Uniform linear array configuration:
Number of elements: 4
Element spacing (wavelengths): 0.75
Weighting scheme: cosine
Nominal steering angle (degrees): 15
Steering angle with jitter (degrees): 13.132
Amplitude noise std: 0.05
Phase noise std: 0.05

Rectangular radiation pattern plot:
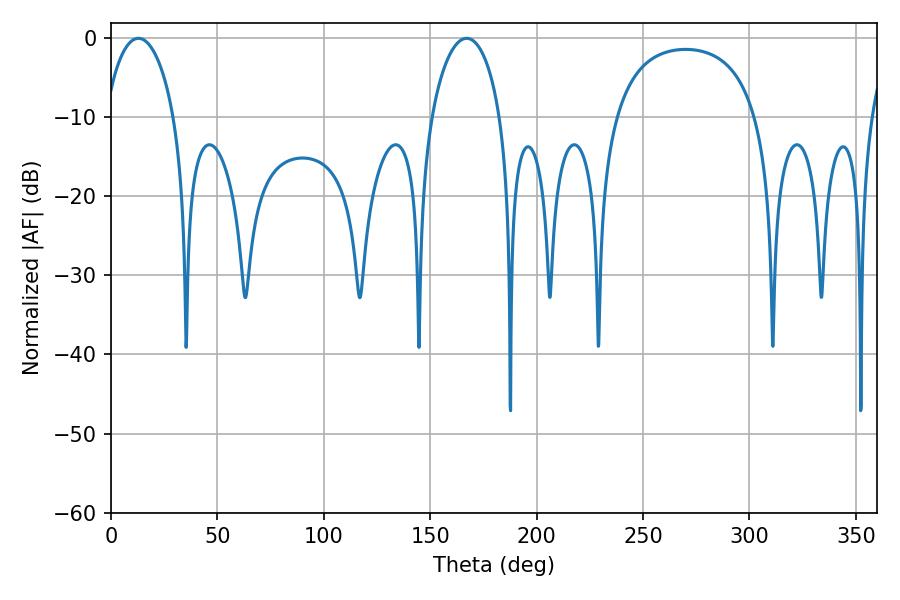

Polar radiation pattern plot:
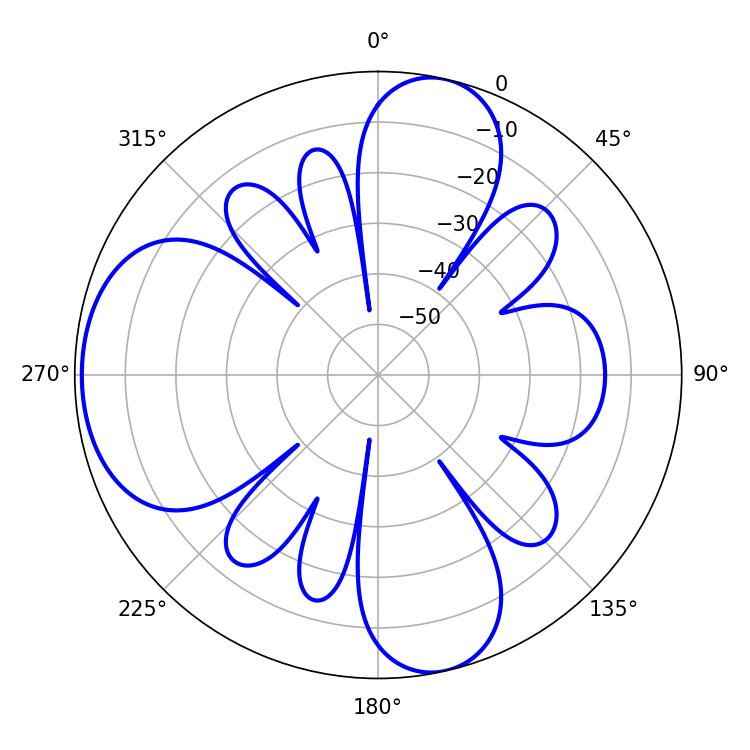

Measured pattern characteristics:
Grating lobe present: TRUE
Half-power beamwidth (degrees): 18.54
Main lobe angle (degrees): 12.96